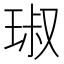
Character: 琡